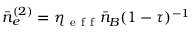
\bar { n } _ { e } ^ { ( 2 ) } = \eta _ { \mathrm { ~ e ~ f ~ f ~ } } \bar { n } _ { B } ( 1 - \tau ) ^ { - 1 }